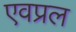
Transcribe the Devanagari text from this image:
एवप्रल